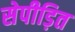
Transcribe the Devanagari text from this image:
सेपीड़ित